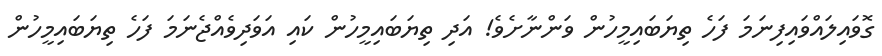
ގޮވައިލައްވައިފިނަމަަ ފަހެ ތިޔަބައިމީހުން ވަންނާށެވެ! އަދި ތިޔަބައިމީހުން ކައި އަވަދިވެއްޖެނަމަަ ފަހެ ތިޔަބައިމީހުން